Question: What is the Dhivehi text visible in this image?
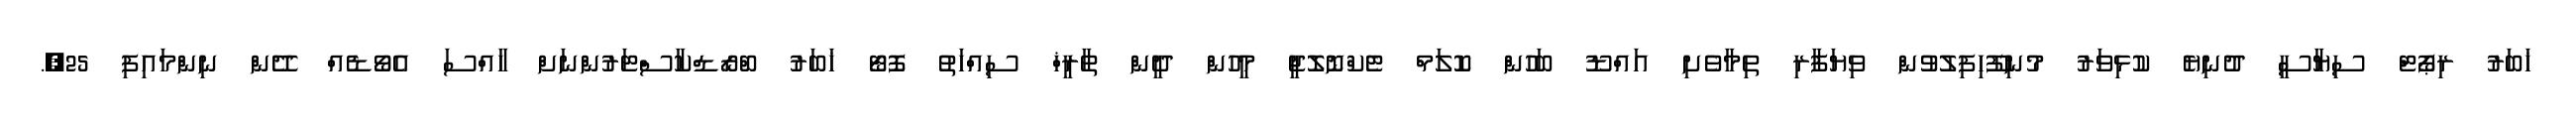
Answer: ޚަބަރު ރިޕޯޓް ސިޔާސީ ދުނިޔެ ކުޅިވަރު މުނިފޫހިފިލުވުން ވިޔަފާރި ތިމާވެށި އައްޑޫ ބަހުން ކޮލަމް ޓެކްނޮލޮޖީ މީހުން ދީން ތާރީޚް ސިއްހަތު ފޮޓޯ ޚަބަރު ބްރޯޑްކާސްޓަރުންނަށް ހާއްސަ އެވޯޑެއް ދޭން ނިންމައިފި 25,.